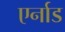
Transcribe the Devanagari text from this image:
एर्नाड